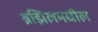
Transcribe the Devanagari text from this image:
ब्रझिलमधील